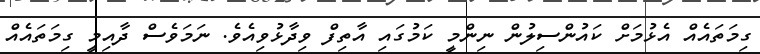
ގިމަތައެއް އެޅުމަށް ކައުންސިލުން ނިންމީ ކަމުގައި އާތިފް ވިދާޅުވިއެވެ. ނަމަވެސް ދާއިމީ ގިމަތައެއް